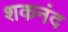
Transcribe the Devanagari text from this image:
शकनंद